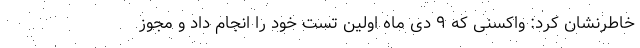
خاطرنشان کرد: واکسنی که ۹ دی ماه اولین تست خود را انجام داد و مجوز